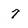
Character: 7